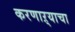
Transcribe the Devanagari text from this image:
करणाऱ्याचा